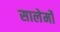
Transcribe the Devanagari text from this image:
सालेर्मो